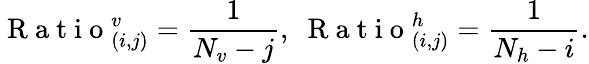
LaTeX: \mathrm{~R~a~t~i~o~}_{(i,j)}^{v}=\frac{1}{N_{v}-j},\; \mathrm{~R~a~t~i~o~}_{(i,j)}^{h}=\frac{1}{N_{h}-i}.